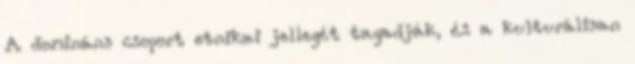
A domináns csoport etnikai jellegét tagadják, és a kulturálisan